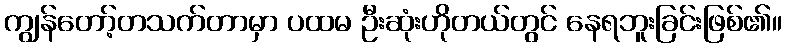
ကျွန်တော့်တသက်တာမှာ ပထမ ဦးဆုံးဟိုတယ်တွင် နေရဘူးခြင်းဖြစ်၏။